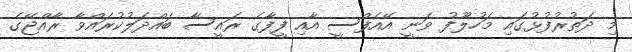
މި ދަތުރުފުޅުގައި މަހުލޫފު ވަނީ އޭއެފްސީ އާއި ފީފާގެ ރައީސާ ބައްދަލުކުރައްވާ ރާއްޖޭގެ